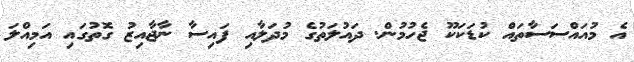
އެ މުއައްސަސާތައް ކުޑަކަކޫ ޖެހުމުން. ދައުލަތުގެ މުދަލާއި ފައިސާ ނާޖާއިޒު ގޮތުގައި އަމިއްލަ